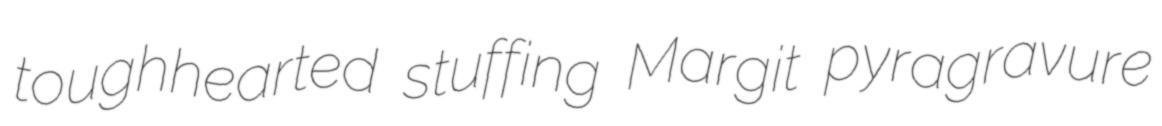
toughhearted stuffing Margit pyragravure